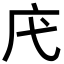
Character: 𢇙